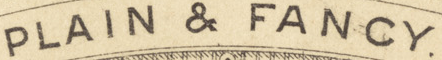
PLAIN & FANCY